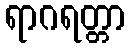
ရာဂရတ္တာ